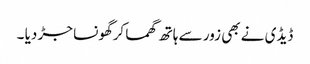
ڈیڈی نے بھی زور سے ہاتھ گھما کرگھونسا جڑ دیا ۔